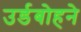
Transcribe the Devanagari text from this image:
उर्डबोहने